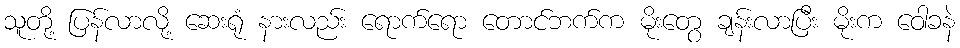
သူတို့ ပြန်လာလို့ ဆေးရုံ နားလည်း ရောက်ရော တောင်ဘက်က မိုးတွေ ချန်းလာပြီး မိုးက ဝေါခနဲ